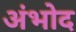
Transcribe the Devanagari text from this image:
अंभोद